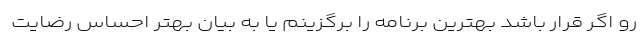
رو اگر قرار باشد بهترین برنامه را برگزینم یا به بیان بهتر احساس رضایت